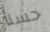
حسنا